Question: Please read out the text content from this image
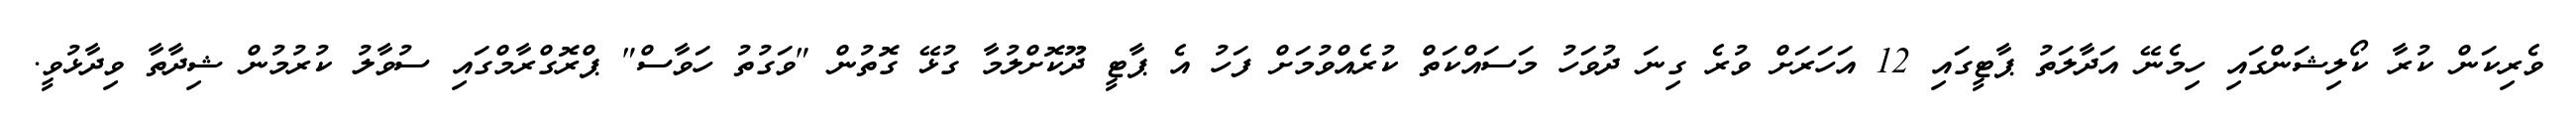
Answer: ވެރިކަން ކުރާ ކޯލިޝަންގައި ހިމެނޭ އަދާލަތު ޕާޓީގައި 12 އަހަރަށް ވުރެ ގިނަ ދުވަހު މަސައްކަތް ކުރެއްވުމަށް ފަހު އެ ޕާޓީ ދޫކޮށްލުމާ ގުޅޭ ގޮތުން "ވަގުތު ހަވާސް" ޕްރޮގްރާމްގައި ސުވާލު ކުރުމުން ޝިދާތާ ވިދާޅުވީ.